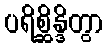
ပရိစ္ဆိန္ဒိတွာ